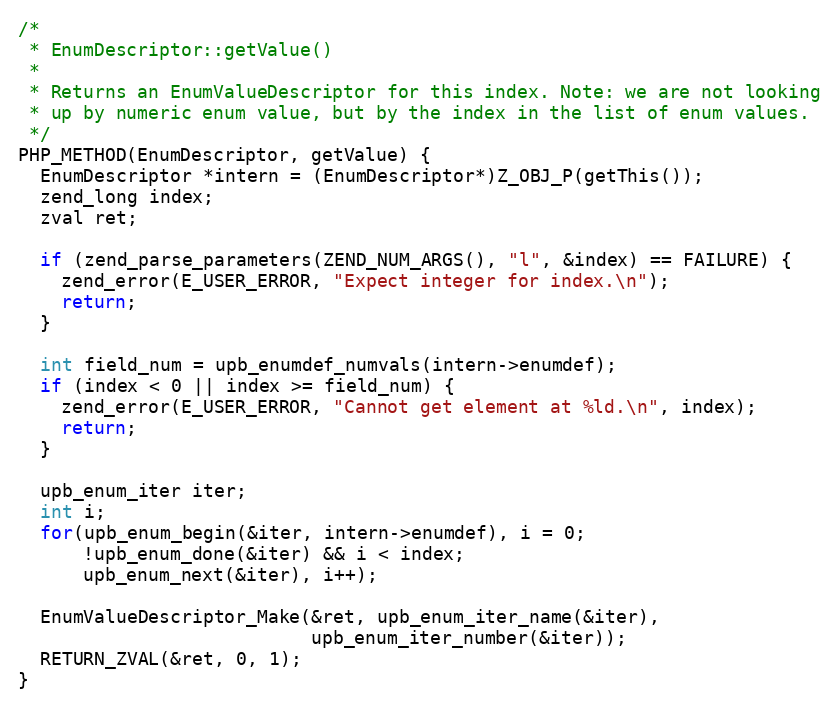
Language: C
/*
 * EnumDescriptor::getValue()
 *
 * Returns an EnumValueDescriptor for this index. Note: we are not looking
 * up by numeric enum value, but by the index in the list of enum values.
 */
PHP_METHOD(EnumDescriptor, getValue) {
  EnumDescriptor *intern = (EnumDescriptor*)Z_OBJ_P(getThis());
  zend_long index;
  zval ret;

  if (zend_parse_parameters(ZEND_NUM_ARGS(), "l", &index) == FAILURE) {
    zend_error(E_USER_ERROR, "Expect integer for index.\n");
    return;
  }

  int field_num = upb_enumdef_numvals(intern->enumdef);
  if (index < 0 || index >= field_num) {
    zend_error(E_USER_ERROR, "Cannot get element at %ld.\n", index);
    return;
  }

  upb_enum_iter iter;
  int i;
  for(upb_enum_begin(&iter, intern->enumdef), i = 0;
      !upb_enum_done(&iter) && i < index;
      upb_enum_next(&iter), i++);

  EnumValueDescriptor_Make(&ret, upb_enum_iter_name(&iter),
                           upb_enum_iter_number(&iter));
  RETURN_ZVAL(&ret, 0, 1);
}